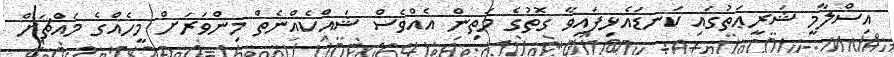
އިސްލާމީ ޝަރީޢަތުގައި ކަނޑައެޅިފައިވާ ގޮތުގެ މަތިން އެއްވެސް ޝައްކެއްނެތް މިންވަރަށް މީހެއްގެ މައްޗަށް